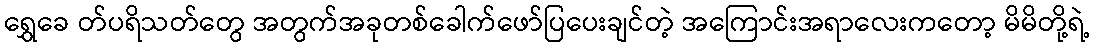
ရွှေခေ တ်ပရိသတ်တွေ အတွက်အခုတစ်ခေါက်ဖော်ပြပေးချင်တဲ့ အကြောင်းအရာလေးကတော့ မိမိတို့ရဲ့